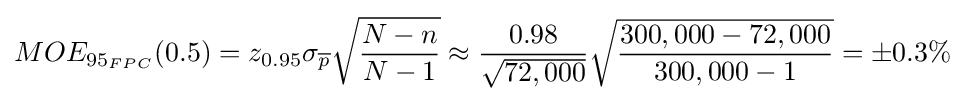
MOE_{95_{FPC}}(0.5)=z_{0.95}\sigma _{\overline {p}}{\sqrt {\frac {N-n}{N-1}}}\approx {\frac {0.98}{\sqrt {72,000}}}{\sqrt {\frac {300,000-72,000}{300,000-1}}}=\pm 0.3\%